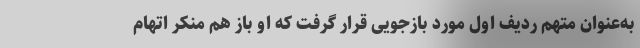
به‌عنوان متهم ردیف اول مورد بازجویی قرار گرفت که او باز هم منکر اتهام